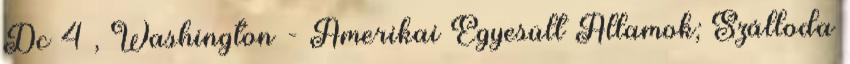
Dc 4 , Washington - Amerikai Egyesült Államok; Szálloda